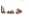
حسنا